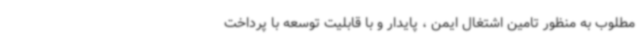
مطلوب به منظور تامین اشتغال ایمن ، پایدار و با قابلیت توسعه با پرداخت